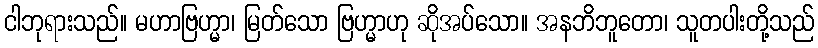
ငါဘုရားသည်။ မဟာဗြဟ္မာ၊ မြတ်သော ဗြဟ္မာဟု ဆိုအပ်သော။ အနဘိဘူတော၊ သူတပါးတို့သည်